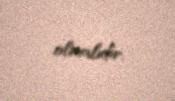
olmalıdır.